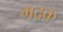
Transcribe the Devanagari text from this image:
गद्रक